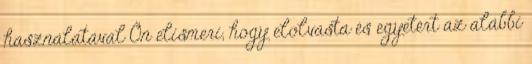
használatával Ön elismeri, hogy elolvasta és egyetért az alábbi